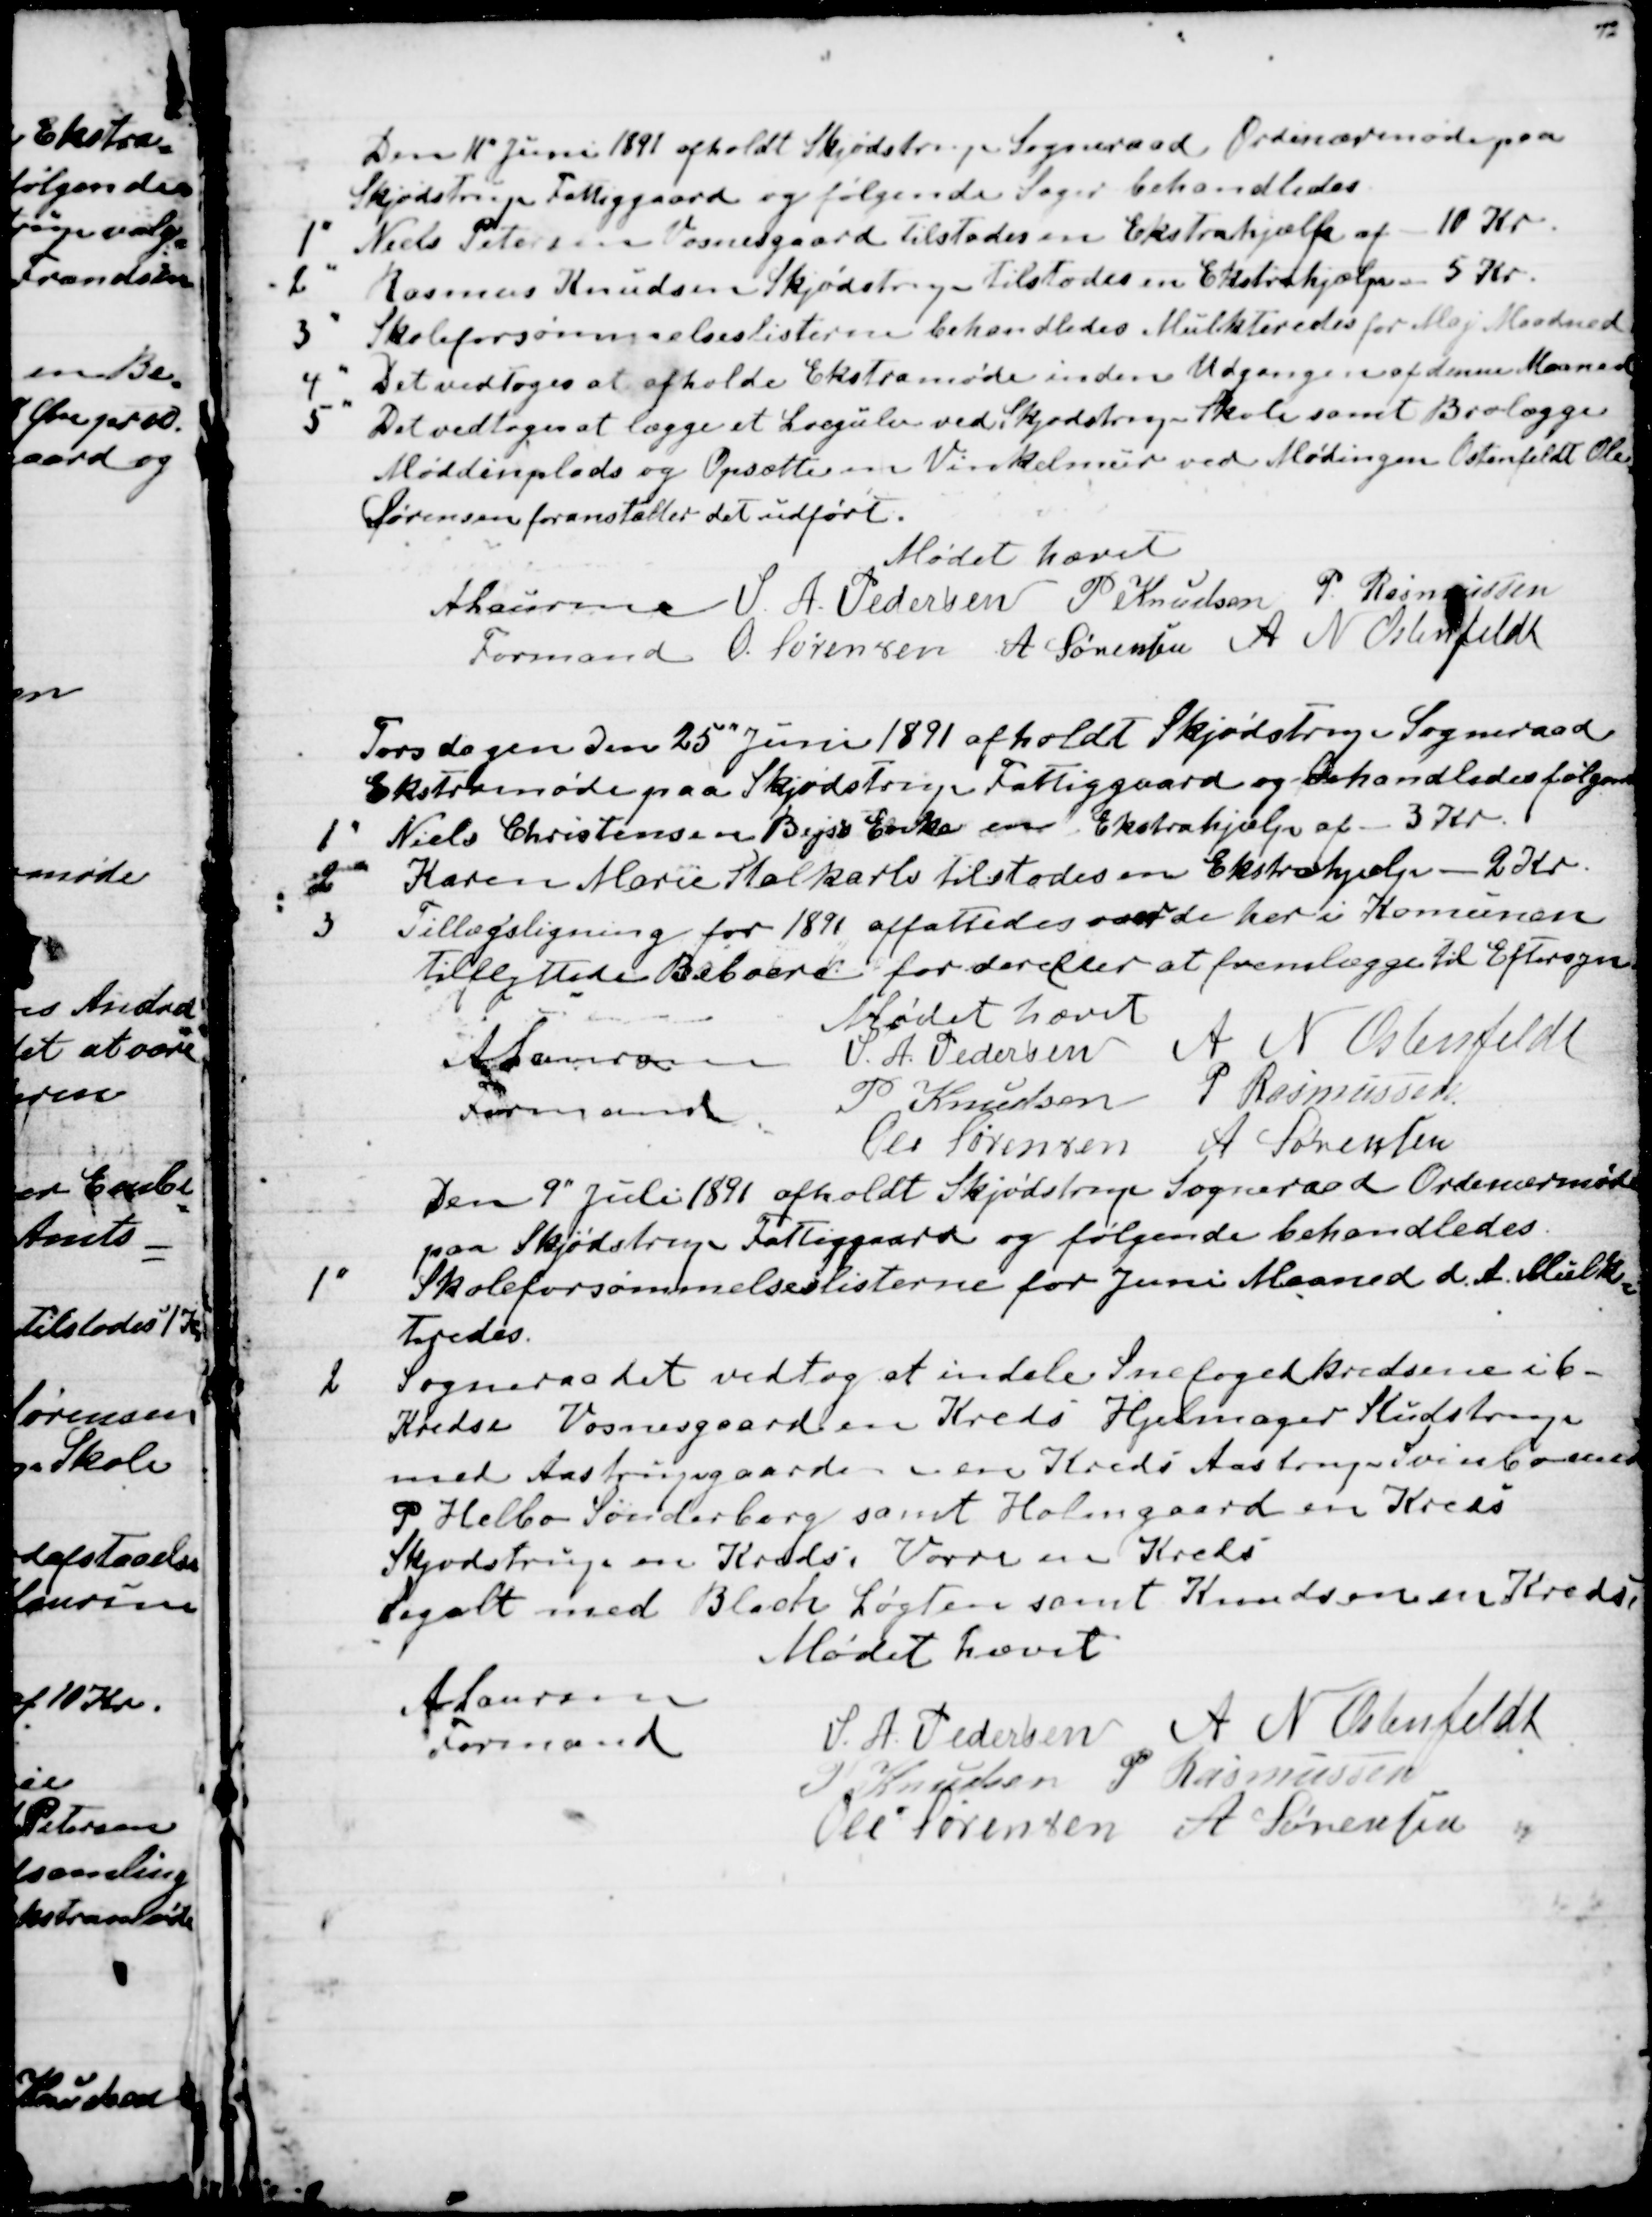
Transskription:
Den 11' Juni 1891 afholdt Skjødstrup Sogneraad Ordinærmøde paa
Skjødstrup Fattiggaard og følgende Sager behandledes
1
Niels Petersen Vosnesgaard tilstodes en Ekstrahjælp af 10 Kr.
2
Rasmus Knudsen Skjødstrup tilstodes en Ekstrahjælp - 5 Kr.
3
Skoleforsømmelseslisterne behandledes Mulkteredes for Maj Maaned
4
Det vedtoges at afholde Ekstramøde inden Udgangen af denne Maaned
5
Det vedtoges at lægge et Lergulv ved Skjødstrup Skole samt Brolægge
Møddinplads og Opsætte en Vinkelmur ved Mødingen Ostenfeldt Ole
Sørensen foranstalter det udført.
Mødet hævet
A Laursen
Formand 
S. A. Pedersen P Knudsen P. Rasmussen
O. Sørensen A Sørensen A N Osterfeldt
Torsdagen den 25" Juni 1891 afholdt Skjødstrup Sogneraad
Ekstramøde paa Skjødstrup Fattiggaard og behandledes følgend
1
Niels Christensen Bejs Enke en Ekstrahjælp af 3 Kr.
2
Karen Marie Stalkarls tilstodes en Ekstrahjælp - 2 Kr.
3
Tillægsligning for 1891 affattedes over de her i Komunen
Tilflyttede Beboere for derefter at fremlægge til Eftersyn.
Mødet hævet
A Laursen
Formand
S. A. Pedersen A N Ostenfeldt
P Knudsen P Rasmussen
Ole Sørensen A Sørensen
Den 9" Juli 1891 afholdt Skjødstrup Sogneraad Ordinærmøde
paa Skjødstrup Fattiggaard og følgende behandledes.
1
Skoleforsømmelseslisterne for Juni Maaned d. A. Mulk-
teredes.
2
Sogneraadet vedtog at indele Snefogedkredsene i 6-
Kredse Vosnesgaard en Kreds Hjelmager Studstrup
med Aastrupgaard - en Kreds Aastrup Svinbo med
P. Helbo Sønderberg samt Holmgaard en Kreds
Skjødstrup en Kreds, Vorre en Kreds
Segalt med Black Løgten samt Knudsen en Kreds
Mødet hævet
A Laursen
Formand
S. A. Pedersen A N Ostenfeldt
P Knudsen P Rasmussen
Ole Sørensen A Sørensen